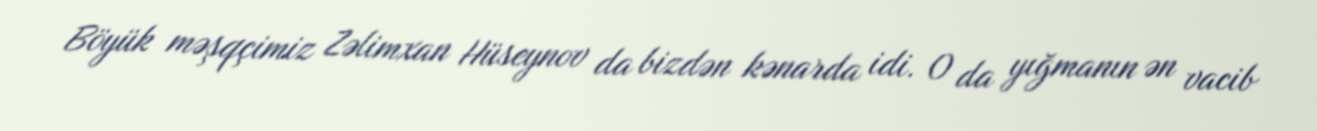
Böyük məşqçimiz Zəlimxan Hüseynov da bizdən kənarda idi. O da yığmanın ən vacib